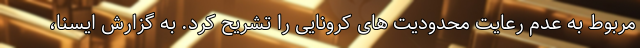
مربوط به عدم رعایت محدودیت های کرونایی را تشریح کرد. به گزارش ایسنا،